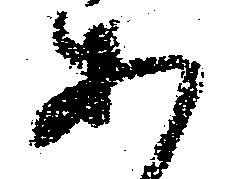
出